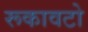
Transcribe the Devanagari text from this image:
रूकावटो